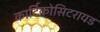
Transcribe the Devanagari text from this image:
कार्टिकोसिटरायड